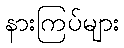
နားကြပ်များ